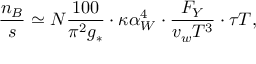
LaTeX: { \frac { n _ { B } } { s } } \simeq { \cal N } { \frac { 1 0 0 } { \pi ^ { 2 } g _ { * } } } \cdot \kappa \alpha _ { W } ^ { 4 } \cdot { \frac { F _ { Y } } { v _ { w } T ^ { 3 } } } \cdot \tau T ,